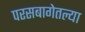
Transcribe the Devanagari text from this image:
परसबागेतल्या